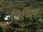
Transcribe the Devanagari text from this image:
छिप्पिए